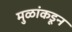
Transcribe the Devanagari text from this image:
मुळांकडून